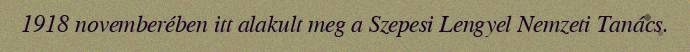
1918 novemberében itt alakult meg a Szepesi Lengyel Nemzeti Tanács.